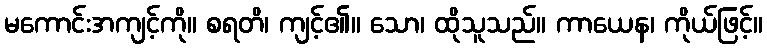
မကောင်းအကျင့်ကို။ စရတိ၊ ကျင့်၏။ သော၊ ထိုသူသည်။ ကာယေန၊ ကိုယ်ဖြင့်။